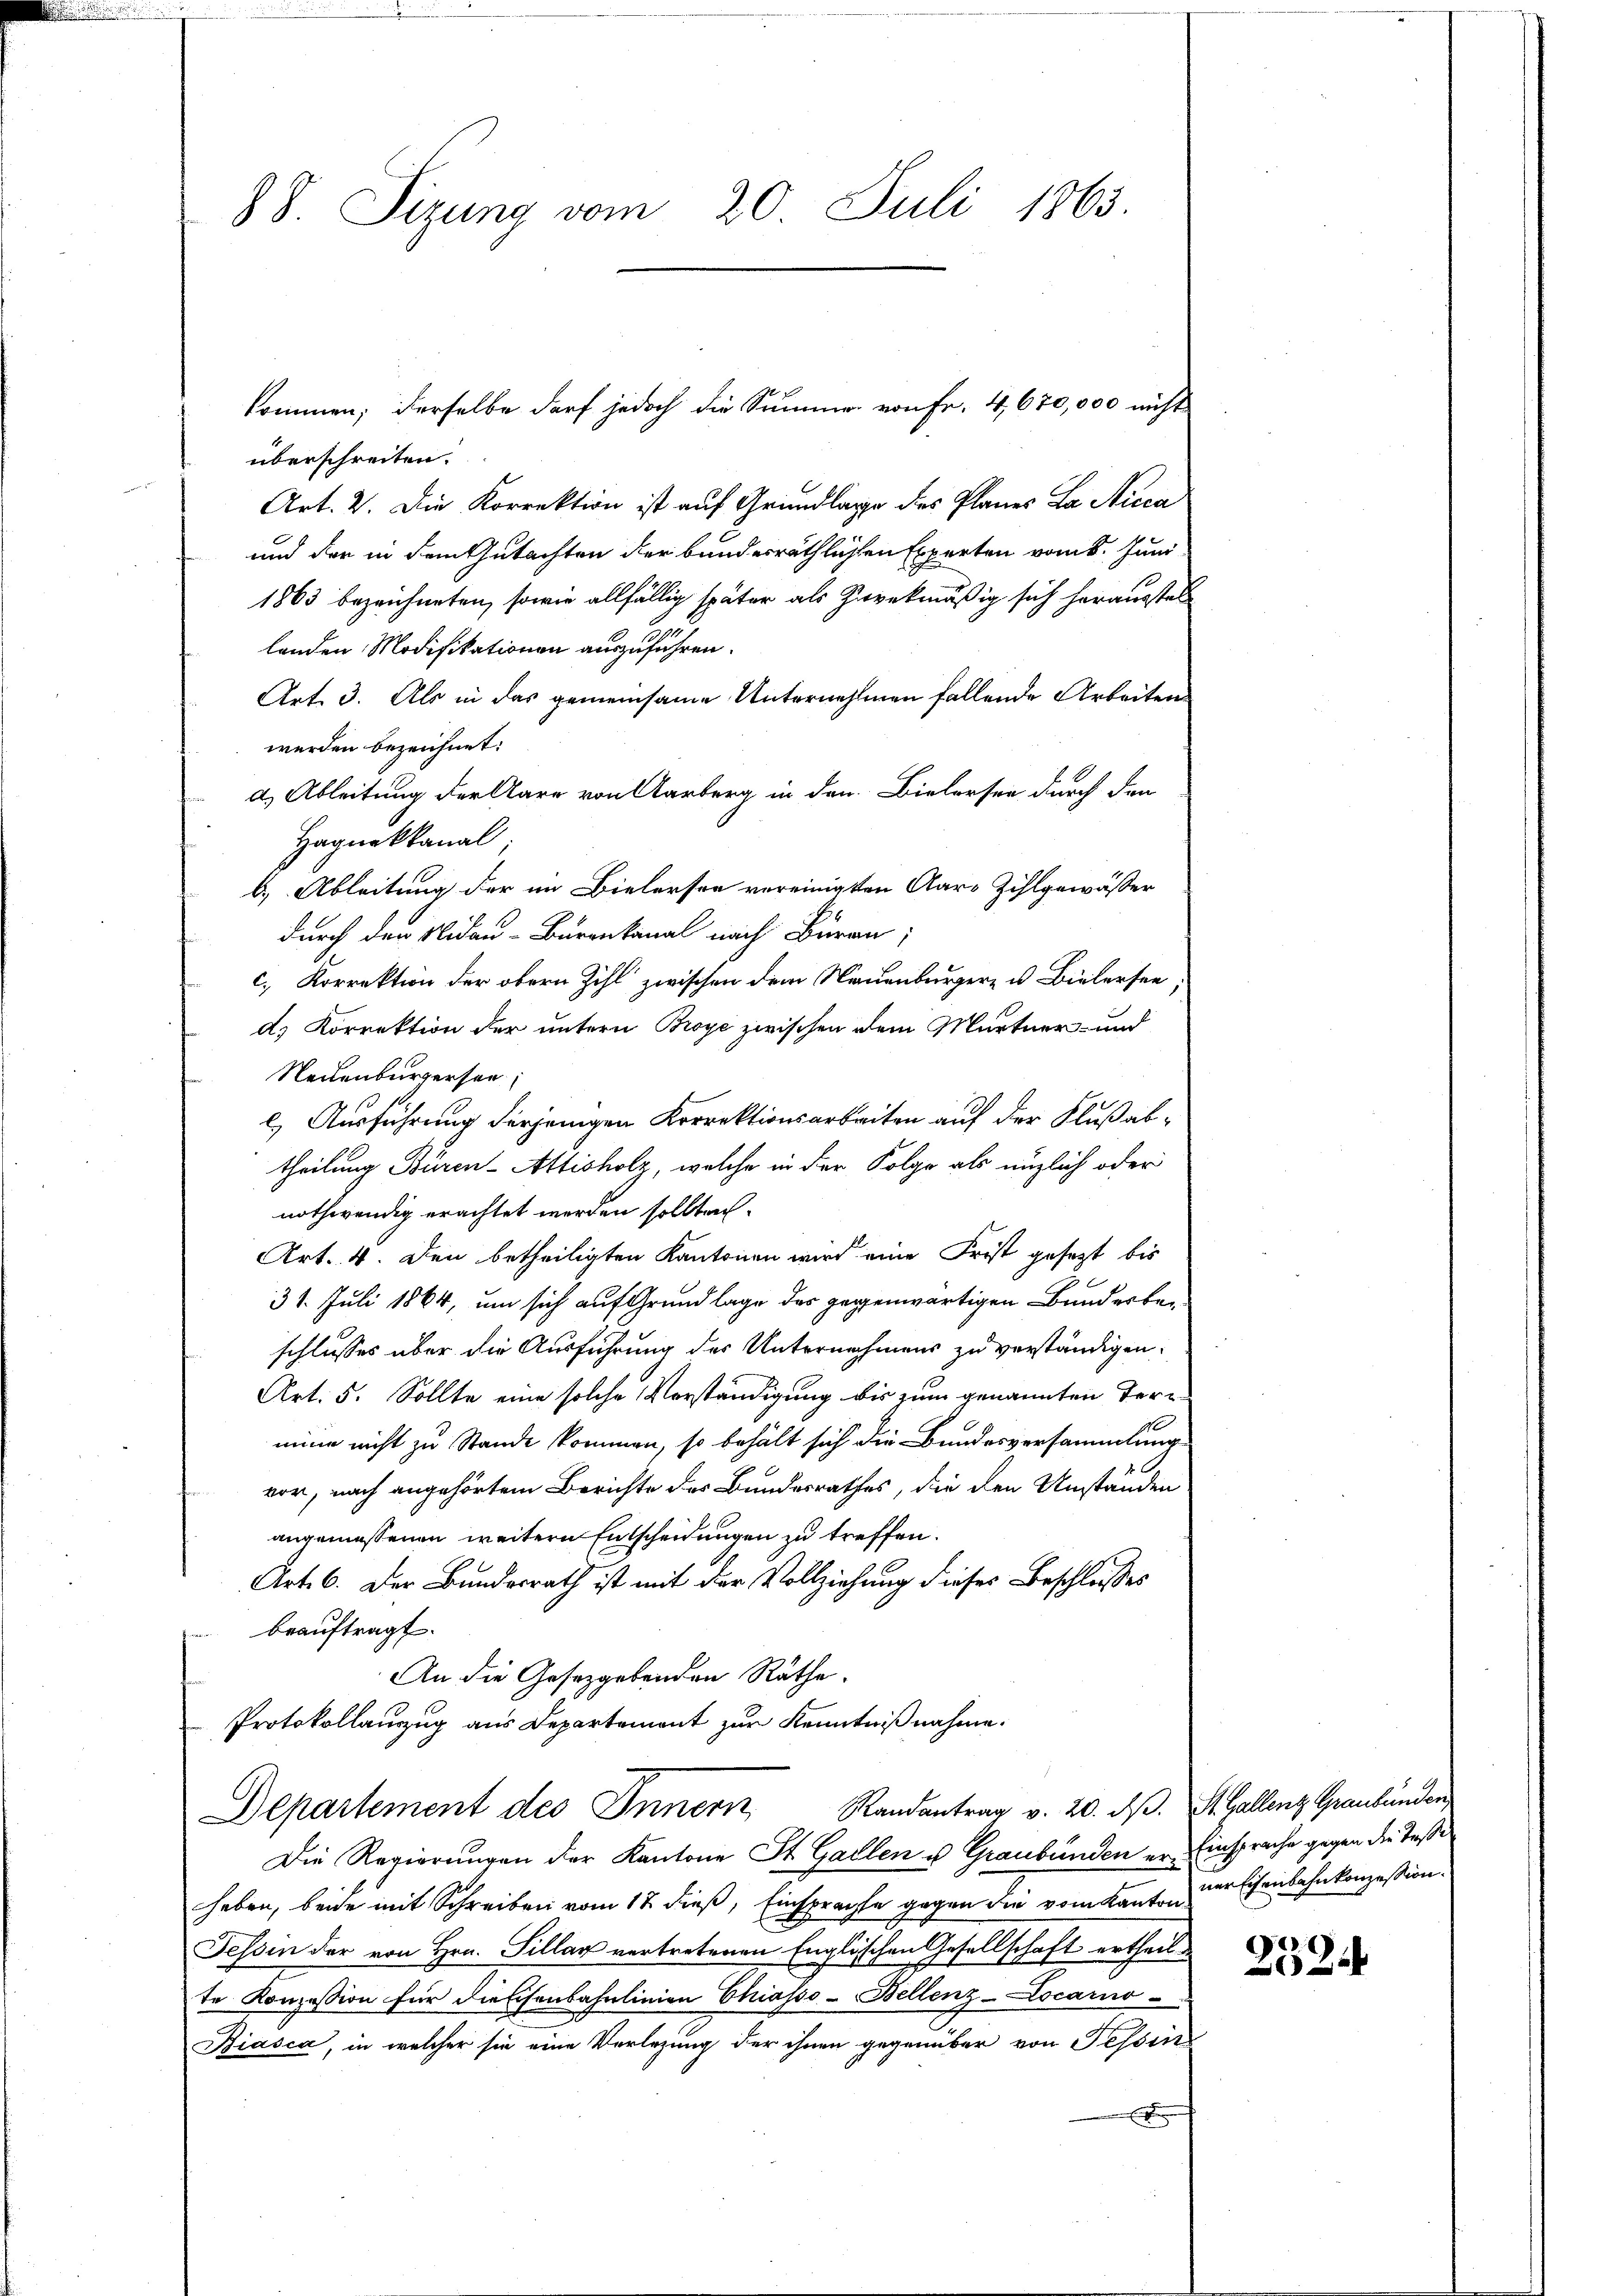
S. Tizung vom 20. Juli 1865.

kommen; derselbe darf jedoch die Summe von Fr. 4,670,000 nicht
überschreiten.
Art. 2. Die Korrektion ist auf Grundlage des Planes La Nicca
und der in dem Gutachten der bundesräthlichen Experten vom 8. Juni
1863 bezeichneten, sowie allfällig später als Zurekmäßig sich herausstel
n
landen Modifikationen auszuführen.
Art. 3. Als in das gemeinsame Unternehmen fallende Arbeiten
werden bezeichnet:
d. Ableitung der Aare von Aarberg in den Bielersee durch den
Hagnekkanal
b.) Ableitung der im Bielersee vereinigten Aar-Zihlgewässer
durch den Nidau-Bürenkanal nach Bureau,
c. Korrektion der obern Zihl zwischen dem Neuenburger- u. Bielersee
a) Korrektion der untern Broye zwischen dem Martner- und
Neuenburgersen;
l.) Ausführung derjenigen Korrektionsarbeiten auf der Flußabtheilung Büren-Attisholz, welche in der Folge als nüzlich oder
nothwendig erachtet werden sollten.
Art. 4. Den betheiligten Kantonen wird eine Frist gesezt bis
31. Juli 1864, um sich auf Grundlage des gegenwärtigen Bunderbe-
schlusses über die Ausführung der Unternehmens zu verständigen.
Art. 5. Sollte eine solche Vorständigung bis zum genannten Terrmine nicht zu Stande kommen, so behält sich die Bundesversammlung
vor, nach angehörtem Berichte des Bundesrathes, die den Umständen
angemessenen weitern Entscheidungen zu treffen.
Art. 6. Der Bundesrath ist mit der Vollziehung dieses Beschlusses
beauftragt.
An die Gesetzgebenden Räthe.
Protokollanzug aus Departemont zur Kenntnißnahme.
Departement des Innern Randantrag v. 20. dβ. St. Gallenz Graubünden
Die Regierungen der Kantone St. Gallen u. Graubünden er Einsprache gegen die Toße
haben, beide mit Schreiben vom 18. dieß, Einsprachte gegen die vom Kanton nur Eisenbahnkonzession.
Tessin der von Hrn. Sillar vertretenen Englischen Gesellschaft ertheilte Konzession für diessenbahnlinien Chiasso-Bellenz-Locarno-
Biasca, in welcher sie eine Verlegung der ihnen gegenüber von Tessin
E

252.